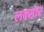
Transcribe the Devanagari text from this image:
लक्सोर